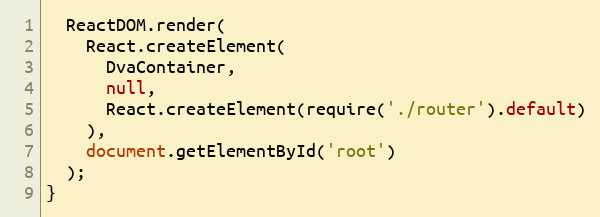
Language: JavaScript
  ReactDOM.render(
    React.createElement(
      DvaContainer,
      null,
      React.createElement(require('./router').default)
    ),
    document.getElementById('root')
  );
}